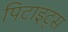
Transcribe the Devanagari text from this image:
पिटाइट्स